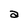
Character: a